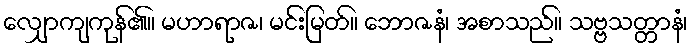
လျှောကျကုန်၏။ မဟာရာဇ၊ မင်းမြတ်။ ဘောဇနံ၊ အစာသည်။ သဗ္ဗသတ္တာနံ၊